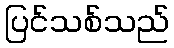
ပြင်သစ်သည်